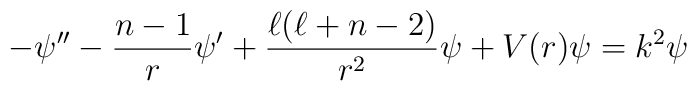
-\psi''-\frac{n-1}{r}\psi' + \frac{\ell(\ell+n-2)}{r^{2}}\psi    + V(r)\psi = k^{2}\psi